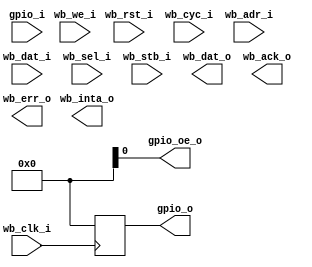
module wb_gpio(
	// WISHBONE Interface
	input           wb_clk_i,
	input           wb_rst_i,
	input           wb_cyc_i,
	input           wb_adr_i,
	input   [31:0]  wb_dat_i,
	input   [3:0]   wb_sel_i,
	input           wb_we_i,
	input           wb_stb_i,
	output  [31:0]  wb_dat_o,
	output          wb_ack_o,
	output          wb_err_o,
	output          wb_inta_o,

	// External GPIO Interface
	input   [31:0]  gpio_i,
	output  [31:0]  gpio_o,
	output          gpio_oe_o
);

	reg [31:0] gpio_o_r;
	assign gpio_o = gpio_o_r;
	always @ (posedge wb_clk_i) begin
		if (wb_rst_i) begin
			gpio_o_r <= 32'b0;
		end else begin
			gpio_o_r <= 32'b0;
		end
	end
endmodule